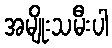
အမျိုးသမီးပါ